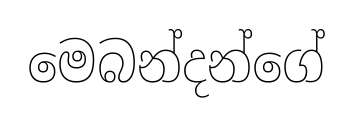
මෙබන්දන්ගේ